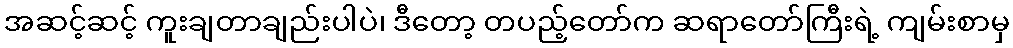
အဆင့်ဆင့် ကူးချတာချည်းပါပဲ၊ ဒီတော့ တပည့်တော်က ဆရာတော်ကြီးရဲ့ ကျမ်းစာမှ